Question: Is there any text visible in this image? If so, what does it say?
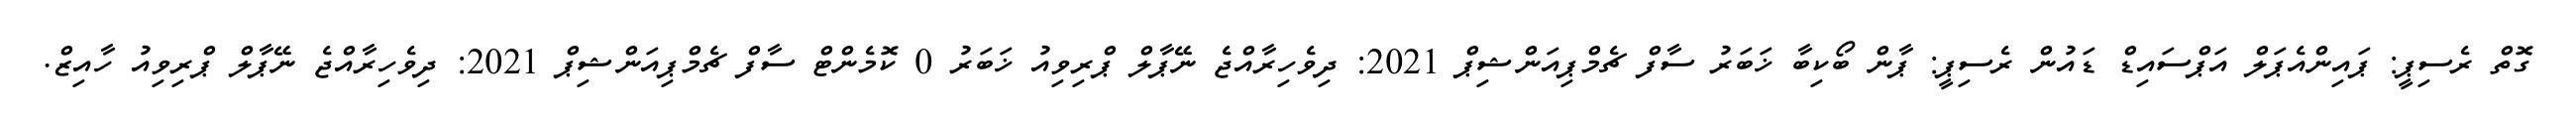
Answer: ގޮތް ރެސިޕީ: ޕައިންއެޕަލް އަޕްސައިޑް ޑައުން ރެސިޕީ: ޕާން ބޯކިބާ ޚަބަރު ސާފް ޗެމްޕިއަންޝިޕް 2021: ދިވެހިރާއްޖެ ނޭޕާލް ޕްރިވިއު ޚަބަރު 0 ކޮމެންޓް ސާފް ޗެމްޕިއަންޝިޕް 2021: ދިވެހިރާއްޖެ ނޭޕާލް ޕްރިވިއު ހާއިޒް.